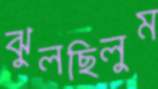
ঝুলছিলুম